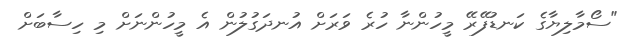
"ސޯމާލިޔާގެ ކަނޑުފޭރޭ މީހުންނާ ހުރެ ވަރަށް އުނދަގުލުން އެ މީހުންނަށް މި ހިސާބަށް